Vaccination in Bombay 1902-1912 - 1902-1912
Year: 1902
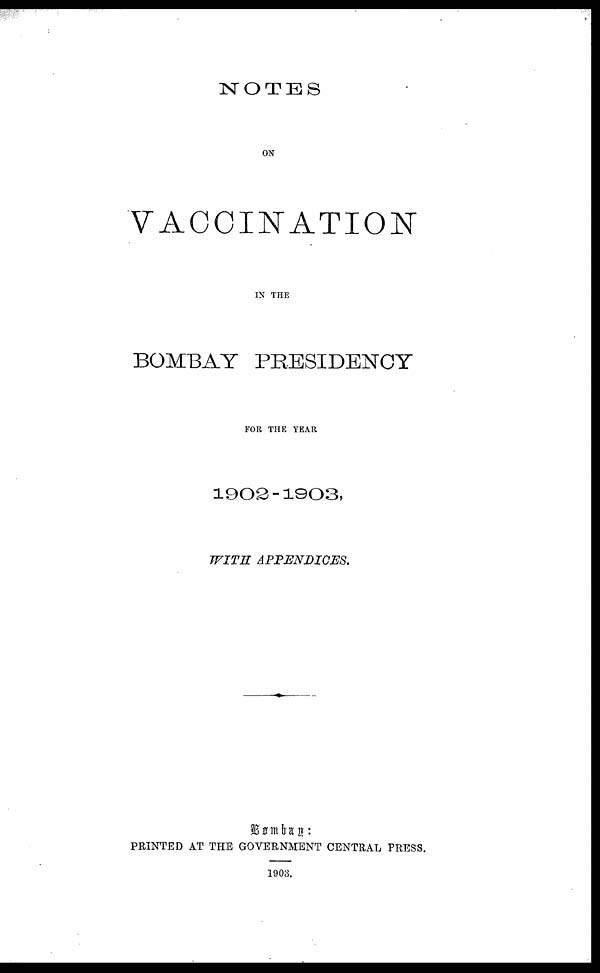
NOTES
ON
VACCINATION
IN THE
BOMBAY PRESIDENCY
FOR THE YEAR
1902-1903,
WITH
APPENDICES.
Bombay:
PRINTED AT THE GOVERNMENT CENTRAL PRESS.
1903.